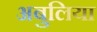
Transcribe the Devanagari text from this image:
अबुलिया